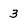
Character: 3